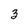
Character: 3